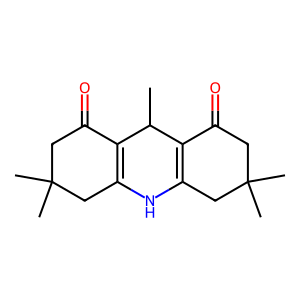
SMILES: CC1C2=C(CC(C)(C)CC2=O)NC2=C1C(=O)CC(C)(C)C2
Inhibits HIV replication: No